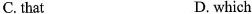
C. that D. which